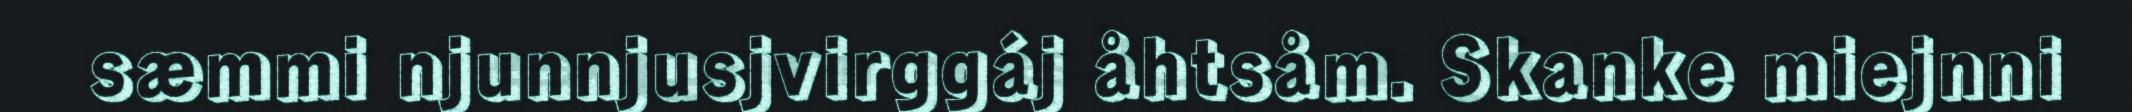
sæmmi njunnjusjvirggáj åhtsåm. Skanke miejnni